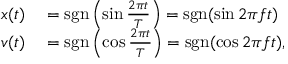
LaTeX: \begin{array} { r l } { x ( t ) } & { { } = \operatorname { s g n } \left( \sin { \frac { 2 \pi t } { T } } \right) = \operatorname { s g n } ( \sin 2 \pi f t ) } \\ { v ( t ) } & { { } = \operatorname { s g n } \left( \cos { \frac { 2 \pi t } { T } } \right) = \operatorname { s g n } ( \cos 2 \pi f t ) , } \end{array}